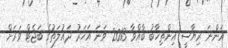
އަންނަ ރިޔާސީ އިންތިހާބު ބާއްވާ 2013 ވަނަ އަހަރު ދައުލަތުގެ ބަޖެޓް ވަރަށް